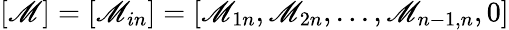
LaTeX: [\mathscr{M}]=[\mathscr{M}_{in}]=[\mathscr{M}_{1n},\mathscr{M}_{2n},...,\mathscr{M}_{{n-1},n},0]